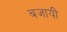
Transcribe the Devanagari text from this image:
बजायीं